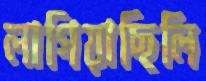
লাগিয়াছিলি